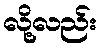
လို့လည်း